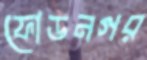
ফোডনগর